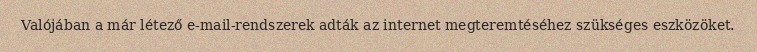
Valójában a már létező e-mail-rendszerek adták az internet megteremtéséhez szükséges eszközöket.